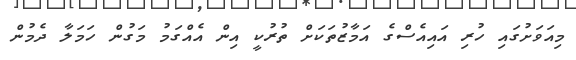
މިއަވަށުގައި ހުރި އައިއެސްގެ އަމާޒުތަކަށް ތުރުކީ އިން އެއްގަމު މަގުން ހަމަލާ ދެމުން